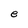
Character: e